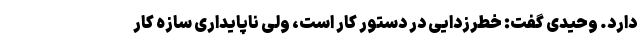
دارد. وحیدی گفت: خطرزدایی در دستور کار است، ولی ناپایداری سازه‌ کار